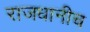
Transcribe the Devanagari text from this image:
राजधानीच